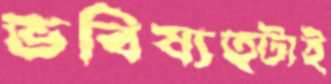
ভবিষ্যত্টাই